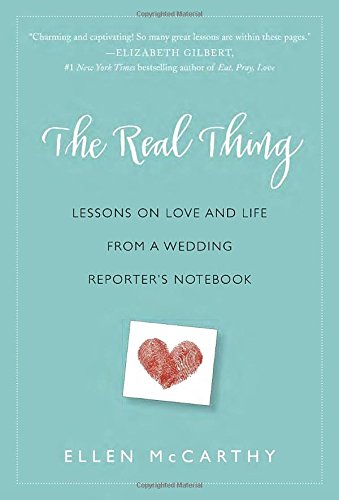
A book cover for The Real Thing: Lessons on Love and Life from a Wedding Reporter's Notebook; Ellen McCarthy; Self-Help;